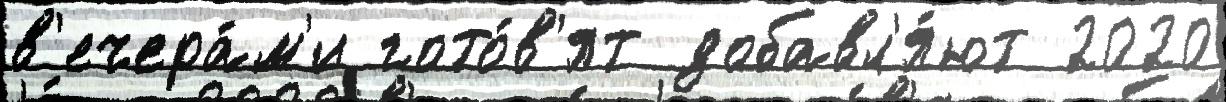
в'ечера́м'и гото́в'ят добавл'я́ют 2020